Note on the mental hospitals in Burma - 1925-1940
Year: 1925
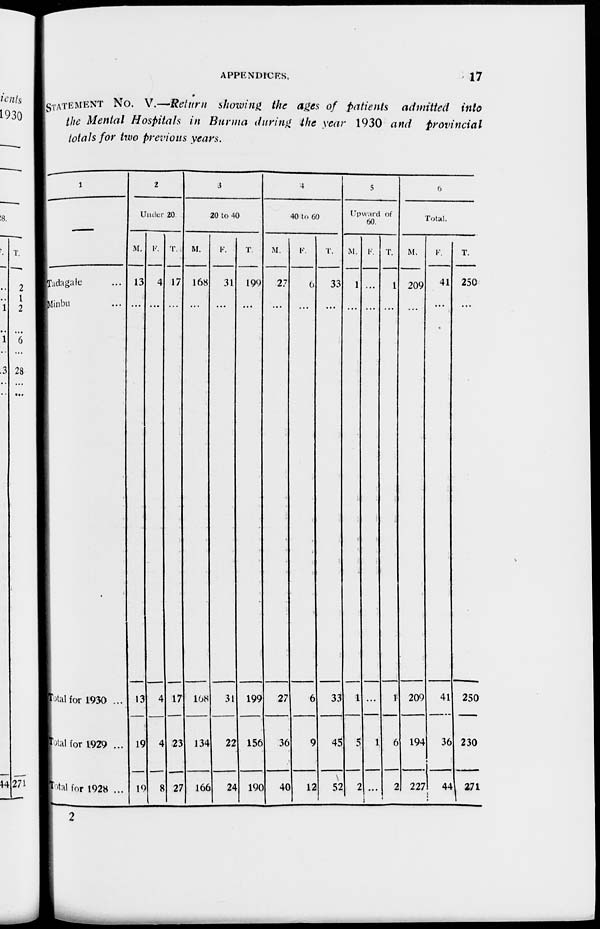
APPENDICES.
17
STATEMENT No. V.—Return showing the ages of patients admitted into
the Mental Hospitals in Burma during the year 1930 and
provincial
totals for two previous years.
1
—
Tadagale ...
Minbu ...
Total for 1930 ...
Total for 1929 ...
Total for 1928 ...
2
Under 20
M.
13
...
13
19
19
F.
4
...
4
4
8
T. .
17
...
17
23
27
3
20 to 40
M.
168
...
168
134
166
F.
31
...
31
22
24
T
199
...
199
156
190
4
40 to 60
M.
27
...
27
36
40
F.
6
...
6
9
12
T.
33
...
33
45
52
5
Upward of
60.
M.
1
...
1
5
2
F.
...
...
...
1
...
T.
1
...
1
6
2
6
Total.
M.
209
...
209
194
227
F.
41
...
41
36
T.
250
...
250
230
441 271
2